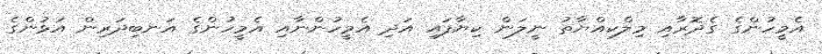
އެމީހުންގެ ގެދޮރާއި މިލްކިއްޔާތު ނީލަން ކިޔާފައި އަދި އެމީހުންނާއި އެމީހުންގެ އަނބިދަރިން އަޅުންގެ